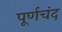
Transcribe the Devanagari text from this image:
पूर्णचंद